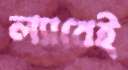
ল্যাবেই